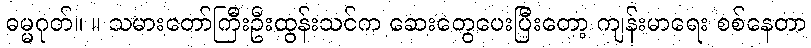
ဓမ္မဂုတ်။ ။ သမားတော်ကြီးဦးထွန်းသင်က ဆေးတွေပေးပြီးတော့ ကျန်းမာရေး စစ်နေတာ